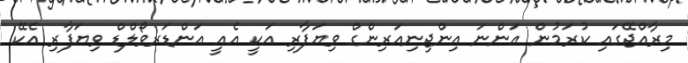
މިރާއްޖޭގައި ކުރަމުން އަންނަ އިންޖިނިއަރިންގް ވިޔަފާރި އަކީ އެއީ އަންޑަރވޯލްޑް ވިޔަފާރި އެކޭ